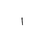
Letter: _alif